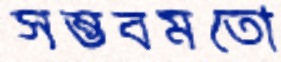
সম্ভবমতো